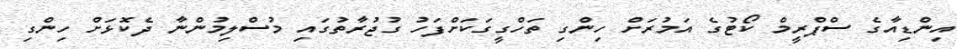
އިންޑިއާގެ ސްޕްރީމް ކޯޓުގެ އަމުރަށް ހިންގި ތަހްގީގަކަށްފަހު ގުޖުރާތުގައި މުސްލިމުންނާ ދެކޮޅަށް ހިންގި